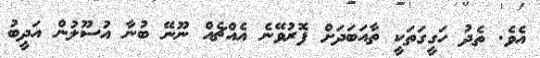
އެވެ. ތެދު ހަގީގަތަކީ ތާއަބަދަށް ފޮރުވޭނެ އެއްޗެއް ނޫނޭ ބުނާ އުސޫލުން އަދީބު